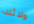
ولائك